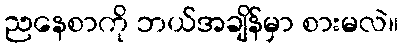
ညနေစာကို ဘယ်အချိန်မှာ စားမလဲ။